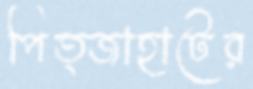
পিত্জাহাটের